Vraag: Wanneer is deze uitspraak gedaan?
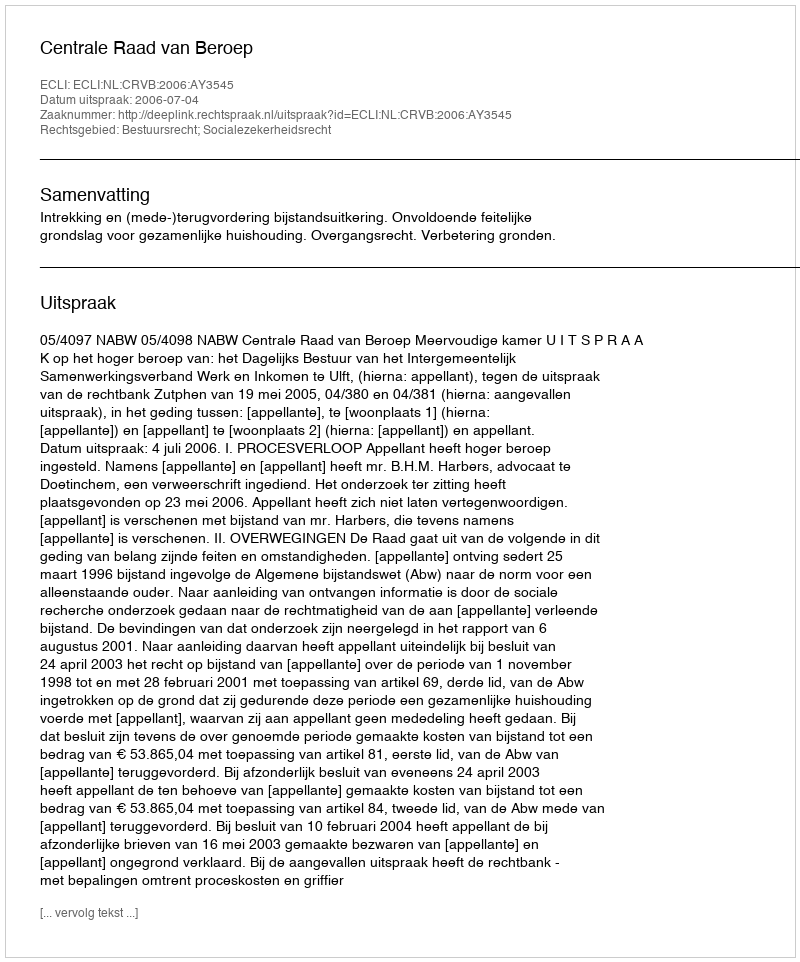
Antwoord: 2006-07-04